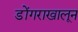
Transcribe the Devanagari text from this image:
डोंगराखालून